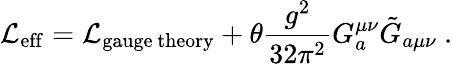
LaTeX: {\cal{L}}_{\mathrm{eff}}={\cal{L}}_{\mathrm{gauge~theory}}+\theta\frac{g^{2}}{32\pi^{2}}G_{a}^{\mu\nu}\tilde{G}_{a\mu\nu}~.